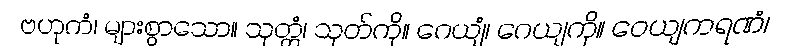
ဗဟုကံ၊ များစွာသော။ သုတ္တံ၊ သုတ်ကို။ ဂေယျံ၊ ဂေယျကို။ ဝေယျကရဏံ၊